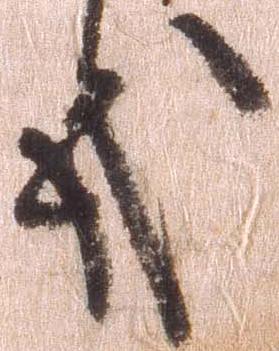
哉